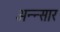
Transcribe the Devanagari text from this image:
अन्न्सार